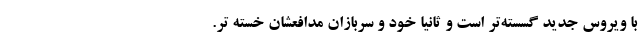
با ویروس جدید گسسته‌تر است و ثانیا خود و سربازان مدافعشان خسته تر.